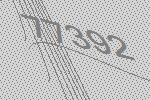
77392